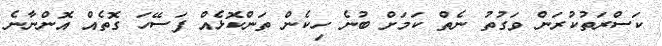
ކަސްރަތުކުރަން ވަގުތު ނެތް ކަމަށް ބުނެ ހިކެން ތަންކޮޅެއް ފަސޭހަ ގޮތެއް އޮންނާނެ